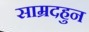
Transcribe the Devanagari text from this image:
साम्रदहुन